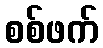
စစ်ဖက်